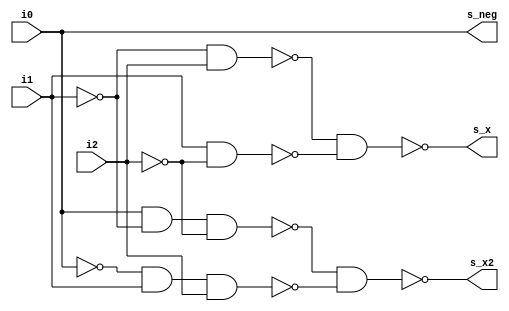
//  IBM Corp. 2020
// Licensed under the Apache License, Version 2.0 (the "License"), as modified by
// the terms below; you may not use the files in this repository except in
// compliance with the License as modified.
// You may obtain a copy of the License at http://www.apache.org/licenses/LICENSE-2.0
//
// Modified Terms:
//
//    1) For the purpose of the patent license granted to you in Section 3 of the
//    License, the "Work" hereby includes implementations of the work of authorship
//    in physical form.
//
//    2) Notwithstanding any terms to the contrary in the License, any licenses
//    necessary for implementation of the Work that are available from OpenPOWER
//    via the Power ISA End User License Agreement (EULA) are explicitly excluded
//    hereunder, and may be obtained from OpenPOWER under the terms and conditions
//    of the EULA.  
//
// Unless required by applicable law or agreed to in writing, the reference design
// distributed under the License is distributed on an "AS IS" BASIS, WITHOUT
// WARRANTIES OR CONDITIONS OF ANY KIND, either express or implied. See the License
// for the specific language governing permissions and limitations under the License.
// 
// Additional rights, including the ability to physically implement a softcore that
// is compliant with the required sections of the Power ISA Specification, are
// available at no cost under the terms of the OpenPOWER Power ISA EULA, which can be
// obtained (along with the Power ISA) here: https://openpowerfoundation.org. 

//  Description:  XU Multiplier Top
//
//*****************************************************************************

module tri_st_mult_boothdcd(
   i0,
   i1,
   i2,
   s_neg,
   s_x,
   s_x2
);
   input   i0;
   input   i1;
   input   i2;
   output  s_neg;
   output  s_x;
   output  s_x2;

   wire    s_add;
   wire    sx1_a0_b;
   wire    sx1_a1_b;
   wire    sx1_t;
   wire    sx1_i;
   wire    sx2_a0_b;
   wire    sx2_a1_b;
   wire    sx2_t;
   wire    sx2_i;
   wire    i0_b;
   wire    i1_b;
   wire    i2_b;


   // i0:2      booth recode table
   //--------------------------------
   // 000  add  sh1=0 sh2=0  sub_adj=0
   // 001  add  sh1=1 sh2=0  sub_adj=0
   // 010  add  sh1=1 sh2=0  sub_adj=0
   // 011  add  sh1=0 sh2=1  sub_adj=0
   // 100  sub  sh1=0 sh2=1  sub_adj=1
   // 101  sub  sh1=1 sh2=0  sub_adj=1
   // 110  sub  sh1=1 sh2=0  sub_adj=1
   // 111  sub  sh1=0 sh2=0  sub_adj=0

   // logically correct
   //----------------------------------
   //  s_neg <= (i0);
   //  s_x   <= (       not i1 and     i2) or (           i1 and not i2);
   //  s_x2  <= (i0 and not i1 and not i2) or (not i0 and i1 and     i2);

   assign i0_b = (~(i0));
   assign i1_b = (~(i1));
   assign i2_b = (~(i2));

   assign s_add = (~(i0));
   assign s_neg = (~(s_add));

   assign sx1_a0_b = (~(i1_b & i2));
   assign sx1_a1_b = (~(i1 & i2_b));
   assign sx1_t = (~(sx1_a0_b & sx1_a1_b));
   assign sx1_i = (~(sx1_t));
   assign s_x = (~(sx1_i));

   assign sx2_a0_b = (~(i0 & i1_b & i2_b));
   assign sx2_a1_b = (~(i0_b & i1 & i2));
   assign sx2_t = (~(sx2_a0_b & sx2_a1_b));
   assign sx2_i = (~(sx2_t));
   assign s_x2 = (~(sx2_i));

endmodule